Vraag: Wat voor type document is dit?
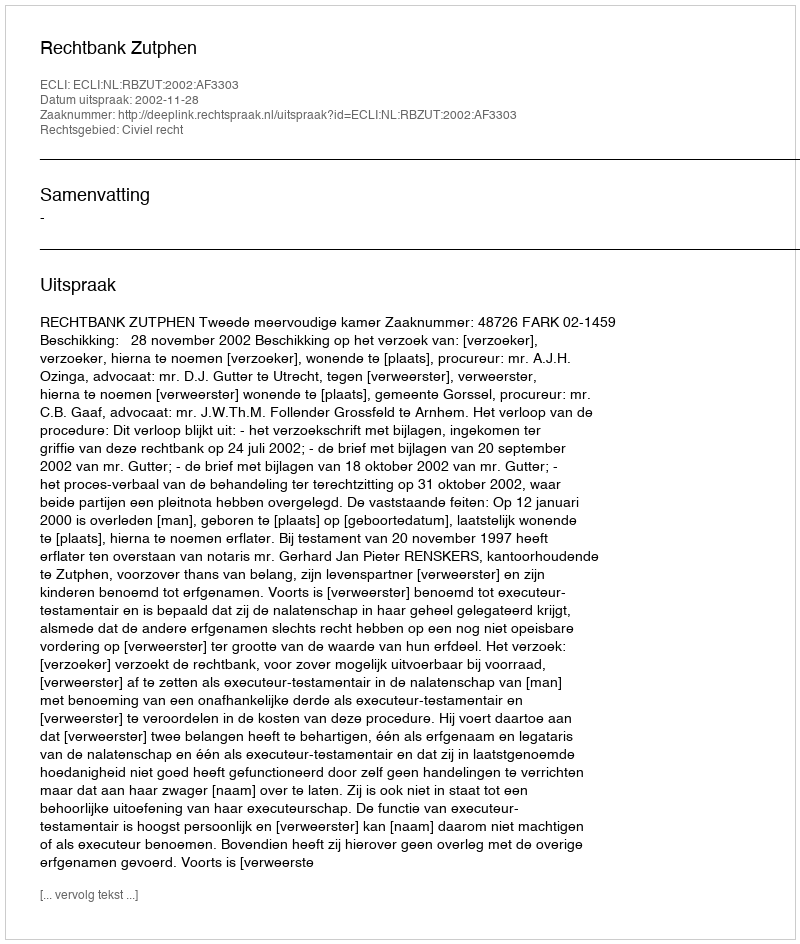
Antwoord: Uitspraak